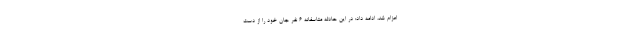
اعزام شد، ادامه داد: در این حادثه متاسفانه 6 نفر جان خود را از دست